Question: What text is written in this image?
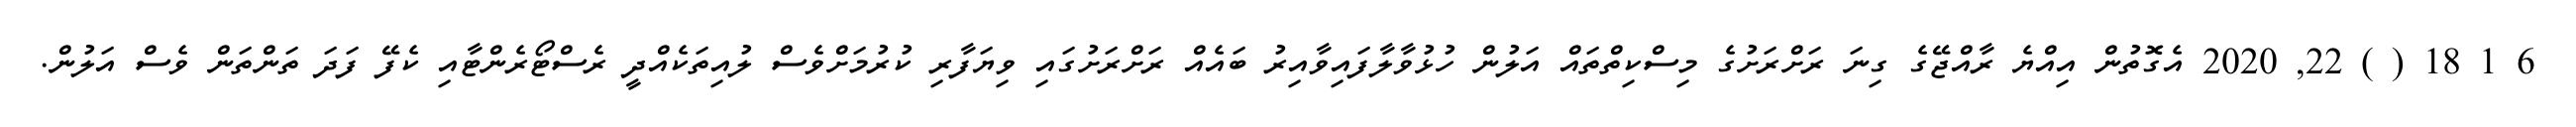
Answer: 6 1 18 ( ) 22, 2020 އެގޮތުން އިއްޔެ ރާއްޖޭގެ ގިނަ ރަށްރަށުގެ މިސްކިތްތައް އަލުން ހުޅުވާލާފައިވާއިރު ބައެއް ރަށްރަށުގައި ވިޔަފާރި ކުރުމަށްވެސް ލުއިތަކެއްދީ ރެސްޓޯރެންޓާއި ކެފޭ ފަދަ ތަންތަން ވެސް އަލުން.